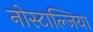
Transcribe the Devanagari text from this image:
नोस्टाल्जिया